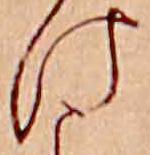
け